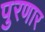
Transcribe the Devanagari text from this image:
पुरणार